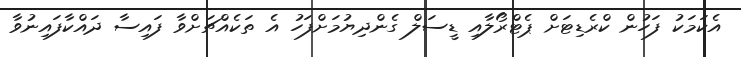
އެކަމަކު ފަހުން ކްރެޑިޓަށް ޕެޓްރޯލާއި ޑީސަލް ގެންދިޔުމަށްފަހު އެ ތަކެއްޗަށްވާ ފައިސާ ދައްކާފައިނުވާ